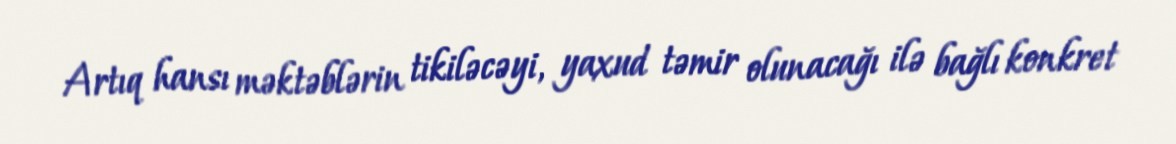
Artıq hansı məktəblərin tikiləcəyi, yaxud təmir olunacağı ilə bağlı konkret